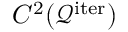
C ^ { 2 } ( \mathcal { Q } ^ { \mathrm { i t e r } } )